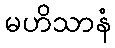
မဟိသာနံ